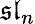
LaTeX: {\mathfrak{sl}}_{n}